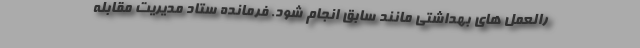
رالعمل های بهداشتی مانند سابق انجام شود. فرمانده ستاد مدیریت مقابله